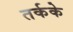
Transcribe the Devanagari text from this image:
तर्कके